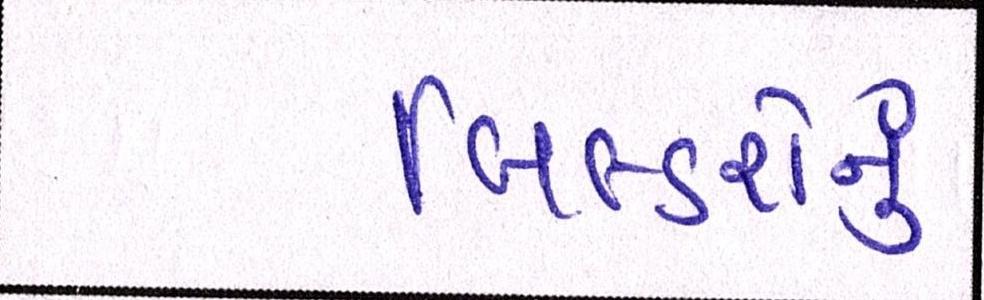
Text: બિલ્ડરોનું